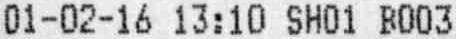
01-02-16 13:10 SH01 B003